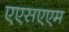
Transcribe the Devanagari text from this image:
एएसएएम